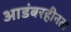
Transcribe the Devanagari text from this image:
आडंबरहीनता